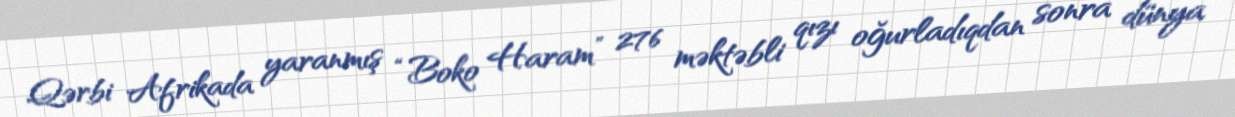
Qərbi Afrikada yaranmış “Boko Haram” 276 məktəbli qızı oğurladıqdan sonra dünya